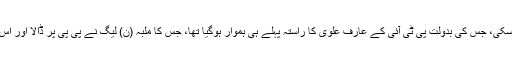
صدارتی الیکشن میں اپوزیشن متفق امیدوار نہ لاسکی، جس کی بدولت پی ٹی آئی کے عارف علوی کا راستہ پہلے ہی ہموار ہوگیا تھا، جس کا ملبہ (ن) لیگ نے پی پی پر ڈالا اور اس پر پی ٹی آئی کی معاونت کا الزام بھی عائد کیا۔